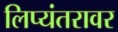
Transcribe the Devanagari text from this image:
लिप्यंतरावर